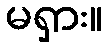
မရှား။